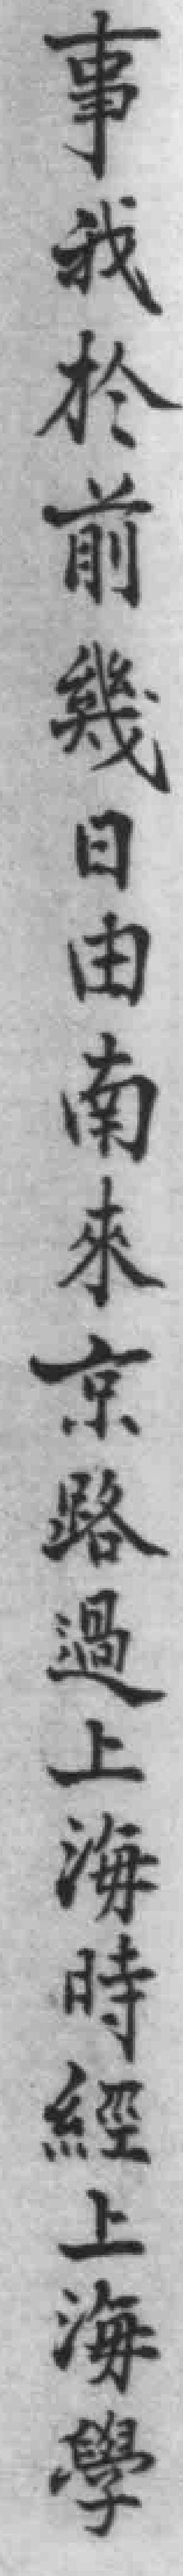
事我於前幾日由南來京路過上海時經上海學